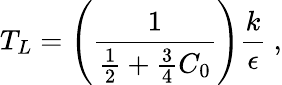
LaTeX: T_{L}=\left(\frac{1}{\frac{1}{2}+\frac{3}{4}C_{0}}\right)\frac{k}{\epsilon}~,